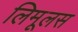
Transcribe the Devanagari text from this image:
लिमूलस